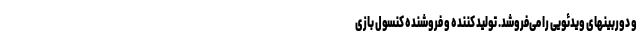
و دوربینهای ویدئویی را می‌فروشد. تولید کننده و فروشنده کنسول بازی